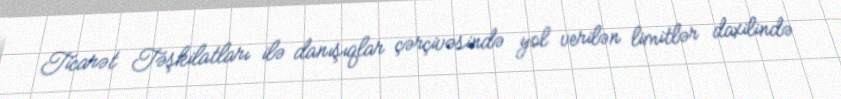
Ticarət Təşkilatları ilə danışıqlar çərçivəsində yol verilən limitlər daxilində